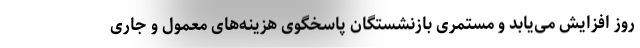
روز افزایش می‌یابد و مستمری بازنشستگان پاسخگوی هزینه‌های معمول و جاری